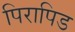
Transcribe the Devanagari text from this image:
पिरापिड